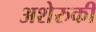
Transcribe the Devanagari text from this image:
अशेरुकी